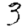
Digit: 3